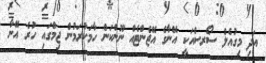
އަދި މިގުއެލް ސޯރސްއަކީ އޭނާގެ އޭޖެންޓެއް ނޫންކަން ހާމަކުރަމުން ޖިމްގައި ހުރެ އޭނާ